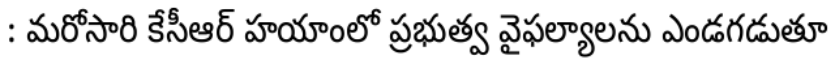
: మరోసారి కేసీఆర్ హయాంలో ప్రభుత్వ వైఫల్యాలను ఎండగడుతూ